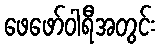
ဖေဖော်ဝါရီအတွင်း